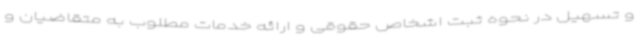
و تسهیل در نحوه ثبت اشخاص حقوقی و ارائه خدمات مطلوب به متقاضیان و